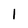
Character: I